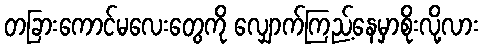
တခြားကောင်မလေးတွေကို လျှောက်ကြည့်နေမှာစိုးလို့လား